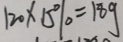
1 2 0 \times 1 5 \% = 1 8 g